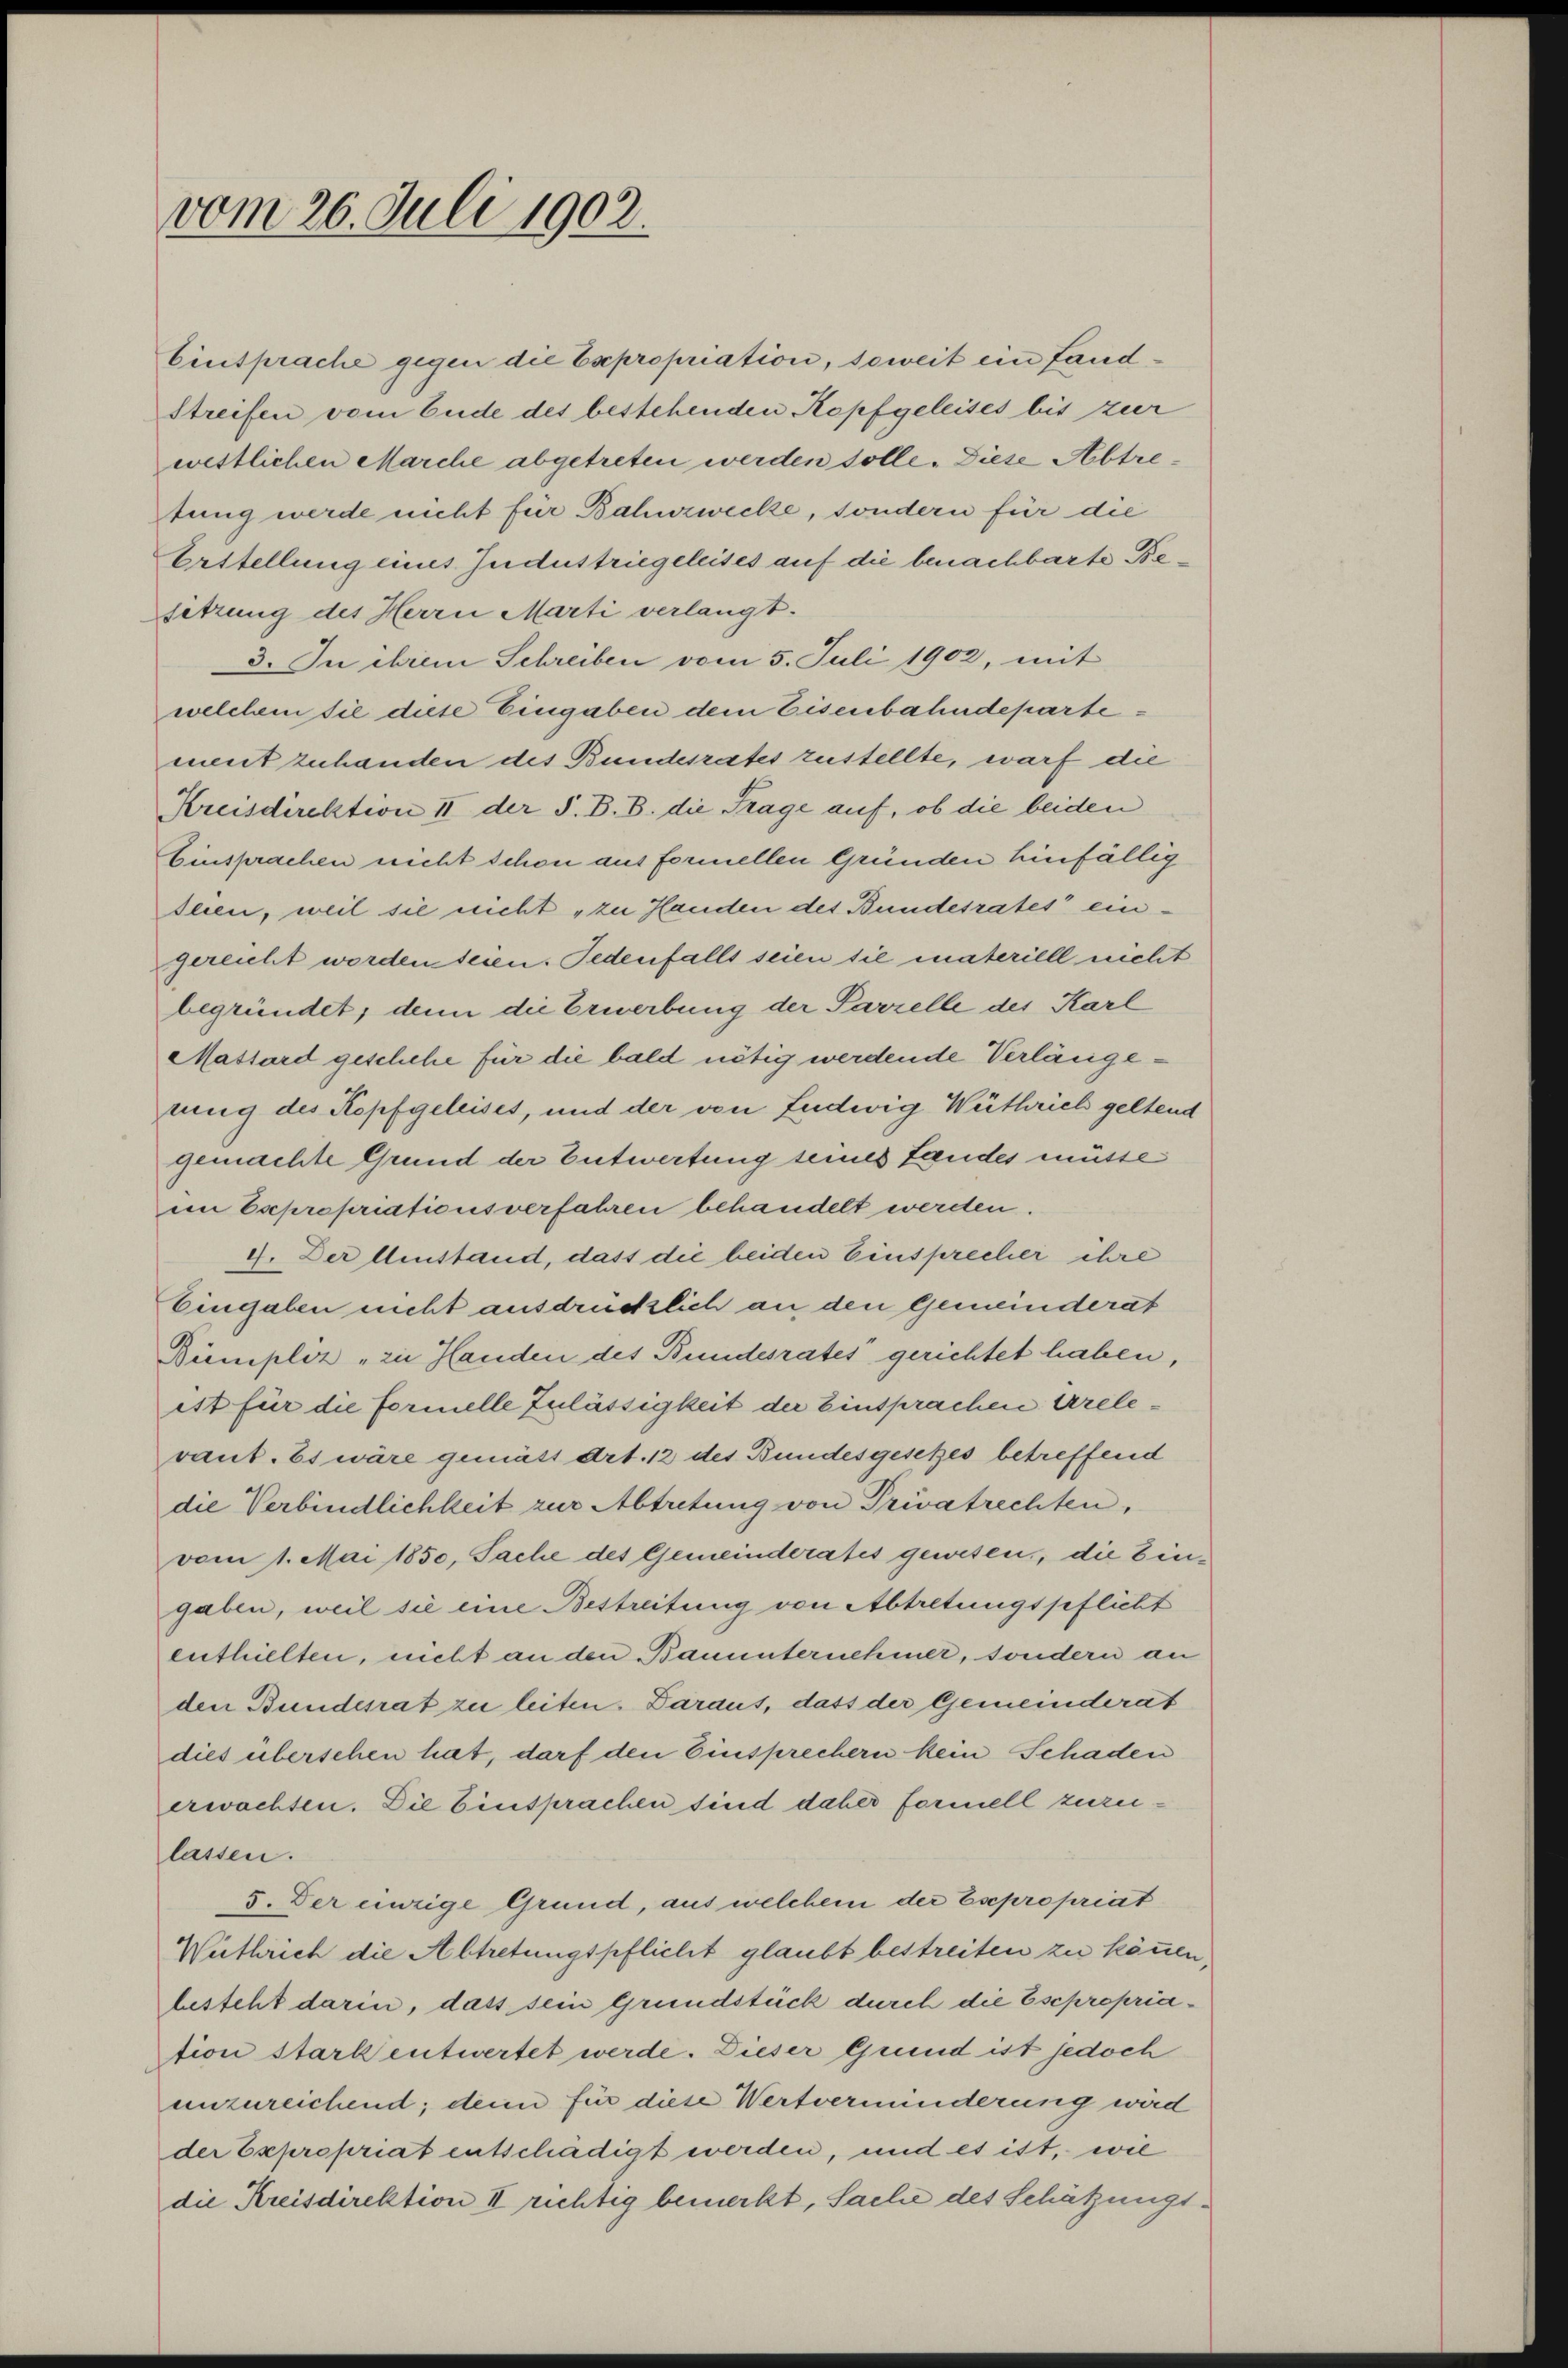
vom 26. Juli 1902.

Einsprache gegen die Expropriation, soweit ein Land¬
Streifen vom Ende des bestehenden Kopf geleises bis zur
westlichen Marche abgetreten werden solle. Diese Abtretung werde nicht für Bahnzwecke, sondern für die
Erstellung eines Jndustriegeleises auf die benachbarte Besitzung des Herrn Marti verlangt.
3. In ihrem Schreiben vom 5. Juli 1902, mit
welchem sie diese Eingaben dem Eisenbahndepartement zuhanden des Bundesrates zustellte, warf die
Kreisdirektion II der S. B. B. die Trage auf, ob die beiden
Einsprachen nicht schon aus formellen Gründen hinfällig
seien, weil sie nicht „zu Handen des Bundesrates eingereicht worden seien. Tedenfalls seien sie materiell nicht
begründet, denn die Erwerbung der Parzelle des Karl
Mastard geschehe für die bald nötig werdende Verlängerung des Kopfgeleises, und der von Ludwig Wüthrich geltend
gemachte Grund der Entwertung seines Landes müsse
im Expropriationsverfahren behandelt werden.
9. Der Umstand, dass die beiden Einsprecher ihre
Eingaben nicht ausdrücklich an den Gemeinderat
Bümpler zu Handen des Bundesrates gerichtet haben,
ist für die formelle Zulässigkeit der Einsprachen Urelevant. Es wäre gemäss Art. 12 des Bundesgesetzes betreffend
die Verbindlichkeit zur Abtretung von Privatrechten,
vom 1. Mai 1850, Sache des Gemeinderates gewesen, die Bingaben, weil sie eine Bestreitung von Abtretungspflicht
enthielten, nicht an den Bauunternehmer, sondern an
den Bundesrat zu leiten. Daraus, dass der Gemeinderat
dies überschen hat, darf den Einsprechern kein Schaden
erwachten. Die Einsprachen sind daher formell zuzulassen.
5. Der einzige Grund, aus welchem der Esepropriat
Weitlich die Abtretungspflicht glaubt bestreiten zu können,
besteht darin, dass sein Grundstück durch die Esepropriation stark entwertet werde. Dieser Grund ist jedoch
unzureichend; denn für diese Wertverminderung wird
der Expropriat entschädigt werden, und es ist, wie
die Kreisdirektion II richtig bemerkt, Sache des Schätzungs¬